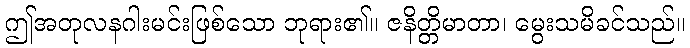
ဤအတုလနဂါးမင်းဖြစ်သော ဘုရား၏။ ဇနိတ္တိမာတာ၊ မွေးသမိခင်သည်။